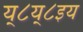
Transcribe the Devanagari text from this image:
य्८य्८इय